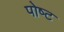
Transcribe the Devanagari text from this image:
पोष्‍ट